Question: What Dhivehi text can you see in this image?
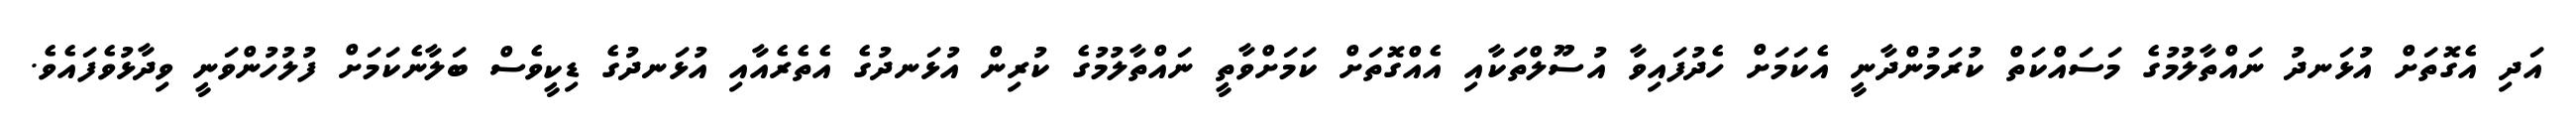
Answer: އަދި އެގޮތަށް އުޅަނދު ނައްތާލުމުގެ މަސައްކަތް ކުރަމުންދާނީ އެކަމަށް ހެދުފައިވާ އުސޫލްތަކާއި އެއްގޮތަށް ކަމަށްވާތީ ނައްތާލުމުގެ ކުރިން އުޅަނދުގެ އެތެރެއާއި އުޅަނދުގެ ޑިކީވެސް ބަލާނެކަމަށް ފުލުހުންވަނީ ވިދާޅުވެފައެވެ.